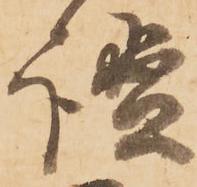
謐